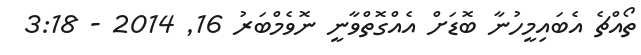
ތޯއްޗެ އެބައިމީހުނާ ބޮޑަށް އެއްގޮތްވާނީ ނޮވެމްބަރު 16